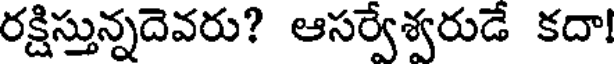
రక్షిస్తున్నదెవరు? ఆసర్వేశ్వరుడే కదా!